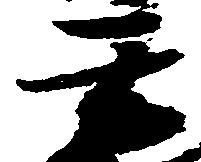
玄